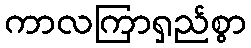
ကာလကြာရှည်စွာ